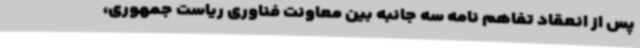
پس از انعقاد تفاهم نامه سه جانبه بین معاونت فناوری ریاست جمهوری،